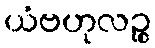
ယံဗဟုလဉ္စ